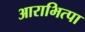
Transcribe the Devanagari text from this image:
आराभित्पा